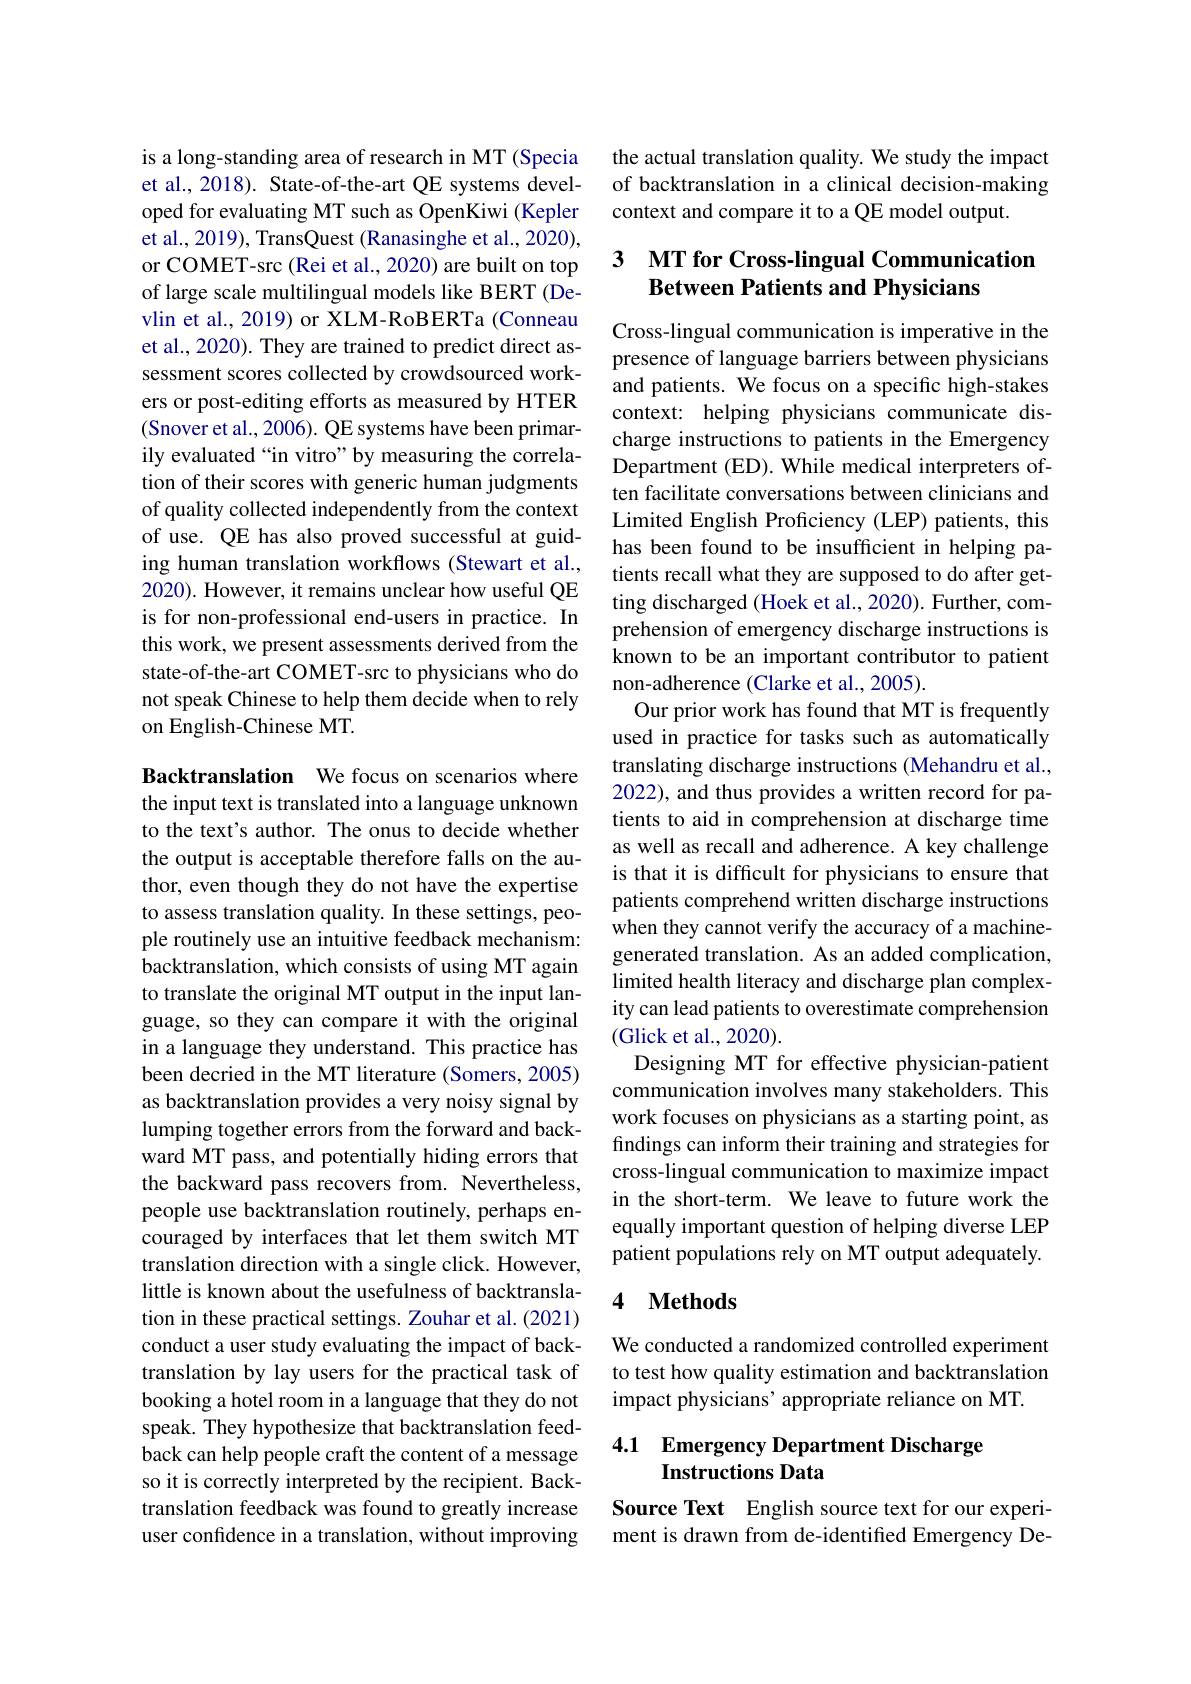
is a long-standing area of research in MT (Specia et al., 2018). State-of-the-art QE systems developed for evaluating MT such as OpenKiwi (Kepler et al., 2019), TransQuest (Ranasinghe et al., 2020), or COMET-src (Rei et al., 2020) are built on top of large scale multilingual models like BERT (Devlin et al., 2019) or XLM-RoBERTa (Conneau et al., 2020). They are trained to predict direct assessment scores collected by crowdsourced workers or post-editing efforts as measured by HTER (Snover et al., 2006). QE systems have been primarily evaluated“in vitro”by measuring the correlation of their scores with generic human judgments of quality collected independently from the context of use. QE has also proved successful at guiding human translation workflows (Stewart et al., 2020). However, it remains unclear how useful QE is for non-professional end-users in practice. In this work, we present assessments derived from the state-of-the-art COMET-src to physicians who do not speak Chinese to help them decide when to rely on English-Chinese MT.

Backtranslation We focus on scenarios where the input text is translated into a language unknown to the text's author. The onus to decide whether the output is acceptable therefore falls on the author, even though they do not have the expertise to assess translation quality. In these settings, people routinely use an intuitive feedback mechanism: backtranslation, which consists of using MT again to translate the original MT output in the input language, so they can compare it with the original in a language they understand. This practice has been decried in the MT literature (Somers, 2005) as backtranslation provides a very noisy signal by lumping together errors from the forward and backward MT pass, and potentially hiding errors that the backward pass recovers from. Nevertheless, people use backtranslation routinely, perhaps encouraged by interfaces that let them switch MT translation direction with a single click. However, little is known about the usefulness of backtranslation in these practical settings. Zouhar et al.(2021) conduct a user study evaluating the impact of backtranslation by lay users for the practical task of booking a hotel room in a language that they do not speak. They hypothesize that backtranslation feedback can help people craft the content of a message so it is correctly interpreted by the recipient. Backtranslation feedback was found to greatly increase user confidence in a translation, without improving

the actual translation quality. We study the impact of backtranslation in a clinical decision-making context and compare it to a QE model output.

# 3 MT for Cross-lingual Communication Between Patients and Physicians

Cross-lingual communication is imperative in the presence of language barriers between physicians and patients. We focus on a specific high-stakes context: helping physicians communicate discharge instructions to patients in the Emergency Department (ED). While medical interpreters often facilitate conversations between clinicians and Limited English Proficiency (LEP) patients, this has been found to be insufficient in helping patients recall what they are supposed to do after getting discharged (Hoek et al., 2020). Further, comprehension of emergency discharge instructions is known to be an important contributor to patient non-adherence (Clarke et al., 2005).
Our prior work has found that MT is frequently used in practice for tasks such as automatically translating discharge instructions (Mehandru et al., 2022), and thus provides a written record for patients to aid in comprehension at discharge time as well as recall and adherence. A key challenge is that it is difficult for physicians to ensure that patients comprehend written discharge instructions when they cannot verify the accuracy of a machinegenerated translation. As an added complication, limited health literacy and discharge plan complexity can lead patients to overestimate comprehension (Glick et al., 2020).
Designing MT for effective physician-patient communication involves many stakeholders. This work focuses on physicians as a starting point, as findings can inform their training and strategies for cross-lingual communication to maximize impact in the short-term. We leave to future work the equally important question of helping diverse LEP patient populations rely on MT output adequately.

### 4 $\textbf{Methods}$

We conducted a randomized controlled experiment to test how quality estimation and backtranslation impact physicians' appropriate reliance on MT.

## 4.1 Emergency Department Discharge Instructions Data

Source Text English source text for our experiment is drawn from de-identified Emergency De-